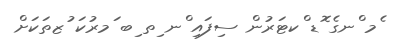
ެމ ްނގެ ޮޑ ްކޓަރުން ސިފައި ްނ ިތ ިބ ަމރުކަ ުޒތަކަށް